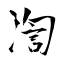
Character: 渹